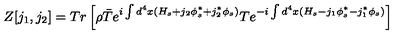
Z [ j _ { 1 } , j _ { 2 } ] = T r \left[ \rho \bar { T } { e ^ { i \int d ^ { 4 } x ( H _ { s } + j _ { 2 } \phi _ { s } ^ { * } + j _ { 2 } ^ { * } \phi _ { s } ) } } T { e ^ { - i \int d ^ { 4 } x ( H _ { s } - j _ { 1 } \phi _ { s } ^ { \ast } - j _ { 1 } ^ { \ast } \phi _ { s } ) } } \right]